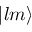
| l m \rangle